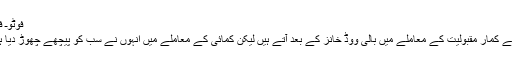
فوٹوـ فائل
اکشے کمار مقبولیت کے معاملے میں بالی ووڈ خانز کے بعد آتے ہیں لیکن کمائی کے معاملے میں انہوں نے سب کو پیچھے چھوڑ دیا ہے۔